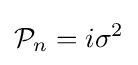
{\mathcal {P}}_{n}=i\sigma ^{2}